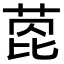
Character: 萞